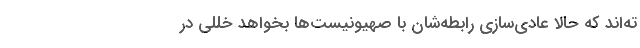
ته‌اند که حالا عادی‌سازی‌ رابطه‌شان با صهیونیست‌ها بخواهد خللی در